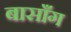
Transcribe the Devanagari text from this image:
बासाँग